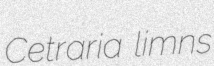
Cetraria limns